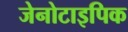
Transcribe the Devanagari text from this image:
जेनोटाइपिक